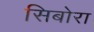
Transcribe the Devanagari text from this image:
सिबोरा